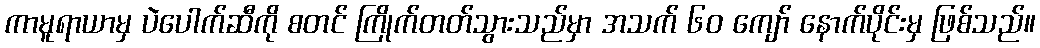
ကာမူရာယာမှ ပဲပေါက်ဆီကို စတင် ကြိုက်တတ်သွားသည်မှာ အသက် ၆၀ ကျော် နောက်ပိုင်းမှ ဖြစ်သည်။